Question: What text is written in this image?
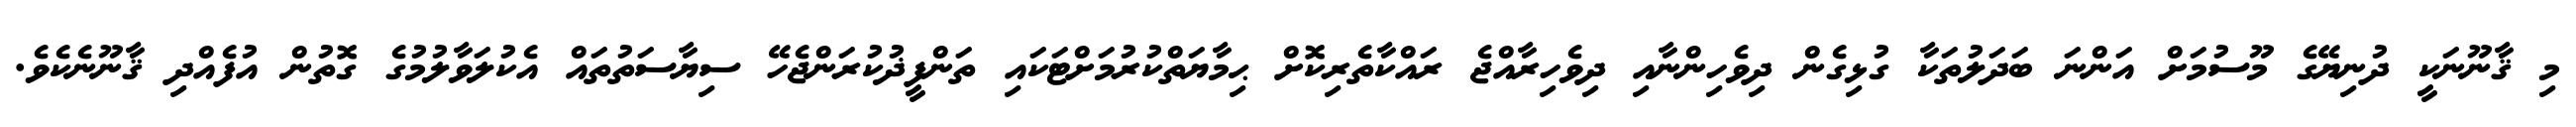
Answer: މި ޤާނޫނަކީ ދުނިޔޭގެ މޫސުމަށް އަންނަ ބަދަލުތަކާ ގުޅިގެން ދިވެހިންނާއި ދިވެހިރާއްޖެ ރައްކާތެރިކޮށް ޙިމާޔަތްކުރުމަށްޓަކައި ތަންފީޛުކުރަންޖެހޭ ސިޔާސަތުތައް އެކުލަވާލުމުގެ ގޮތުން އުފެއްދި ޤާނޫނެކެވެ.